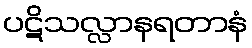
ပဋိသလ္လာနရတာနံ